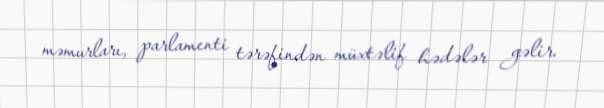
məmurları, parlamenti tərəfindən müxtəlif hədələr gəlir.